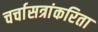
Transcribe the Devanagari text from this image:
चर्चासत्रांकरिता